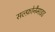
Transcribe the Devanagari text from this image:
सल्फ़ोनैमाइड